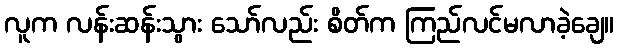
လူက လန်းဆန်းသွား သော်လည်း စိတ်က ကြည်လင်မလာခဲ့ချေ။